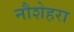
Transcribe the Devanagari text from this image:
नौशेहरा